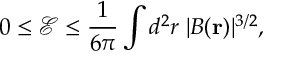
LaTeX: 0 \leq \mathcal { E } \leq \frac { 1 } { 6 \pi } \int d ^ { 2 } r \; | B ( \mathbf { r } ) | ^ { 3 / 2 } ,